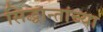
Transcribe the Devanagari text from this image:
सिद्धान्तांच्या